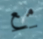
مع